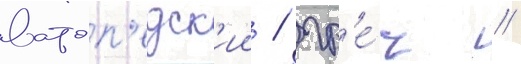
ватоп'едск'ии / гр'е́ч //